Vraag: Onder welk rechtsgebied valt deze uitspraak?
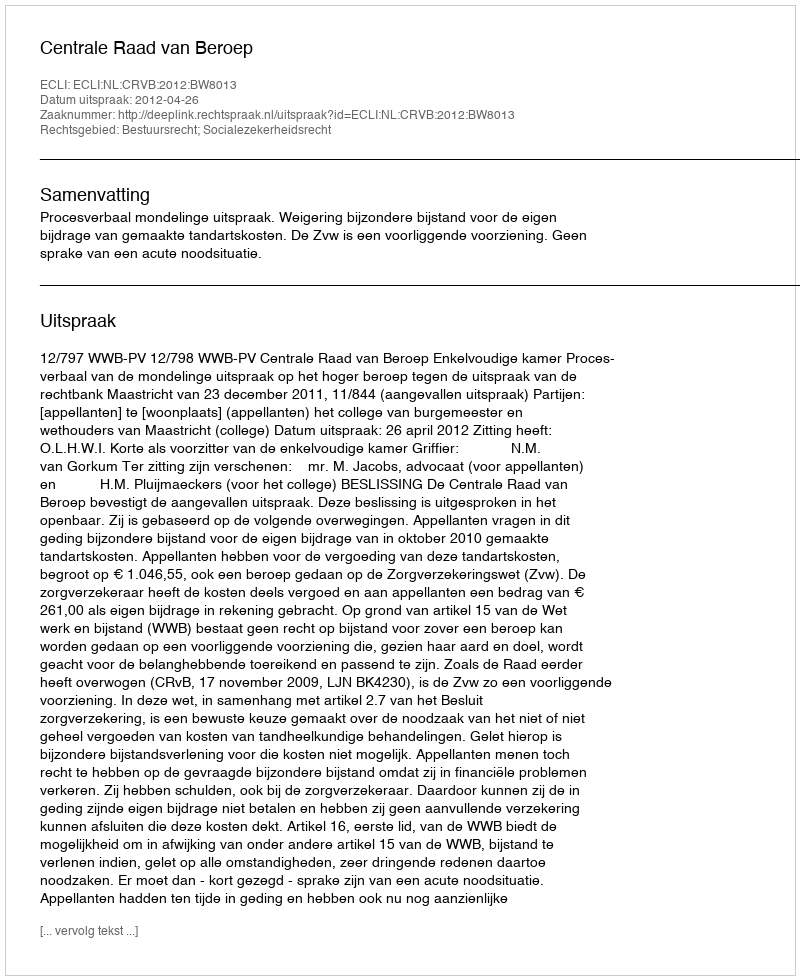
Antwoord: Bestuursrecht; Socialezekerheidsrecht